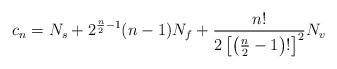
LaTeX: \begin{align*}c_{n}=N_{s}+2^{{\frac{n}{2}}-1}(n-1)N_{f}+{\frac{n!}{2\left[ \left( {\frac{n}{2}}-1\right) !\right] ^{2}}}N_{v}\end{align*}